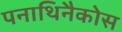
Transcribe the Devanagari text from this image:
पनाथिनैकोस